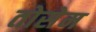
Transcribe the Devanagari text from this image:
तोसेम